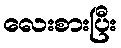
လေးစားပြီး